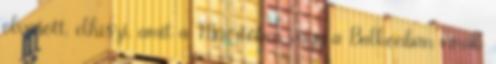
olvasott, elhiszi, amit a Műértőben vagy a Balkonban írnak